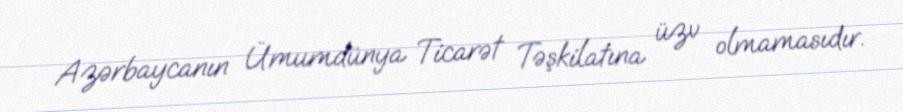
Azərbaycanın Ümumdünya Ticarət Təşkilatına üzv olmamasıdır.